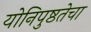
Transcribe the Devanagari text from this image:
योनिपुष्ठतेचा